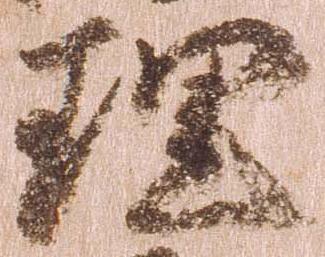
理